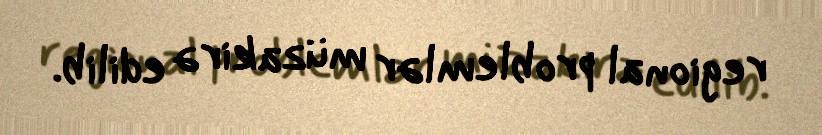
regional problemlər müzakirə edilib.